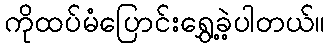
ကိုထပ်မံပြောင်းရွှေ့ခဲ့ပါတယ်။